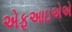
એફઆઇએએ